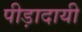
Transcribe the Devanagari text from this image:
पीड़ादायी